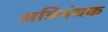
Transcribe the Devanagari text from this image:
अत्रिपंचक